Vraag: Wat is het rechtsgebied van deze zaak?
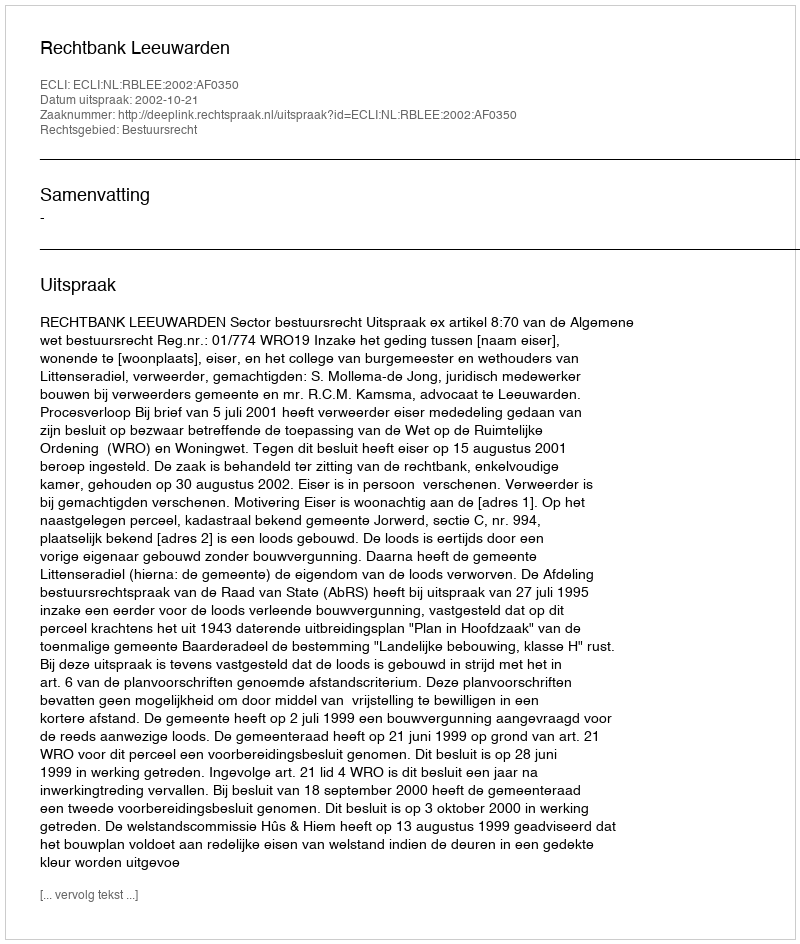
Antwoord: Bestuursrecht